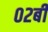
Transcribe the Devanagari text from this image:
०२बी